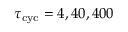
\tau _ { \mathrm { c y c } } = 4 , 4 0 , 4 0 0